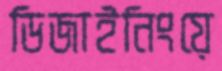
ডিজাইনিংয়ে